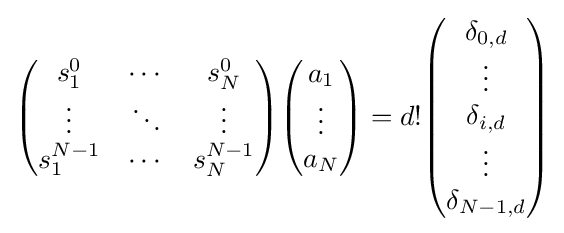
{\begin{pmatrix}s_{1}^{0}&\cdots &s_{N}^{0}\\\vdots &\ddots &\vdots \\s_{1}^{N-1}&\cdots &s_{N}^{N-1}\end{pmatrix}}{\begin{pmatrix}a_{1}\\\vdots \\a_{N}\end{pmatrix}}=d!{\begin{pmatrix}\delta _{0,d}\\\vdots \\\delta _{i,d}\\\vdots \\\delta _{N-1,d}\end{pmatrix}}